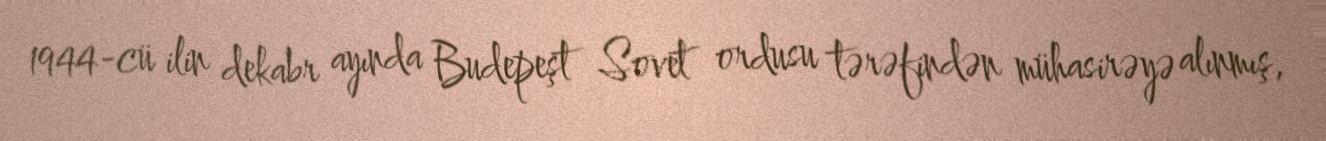
1944-cü ilin dekabr ayında Budepeşt Sovet ordusu tərəfindən mühasirəyə alınmış,